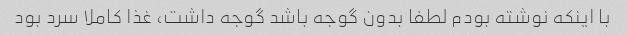
با اینکه نوشته بودم لطفا بدون گوجه باشد گوجه داشت، غذا کاملا سرد بود